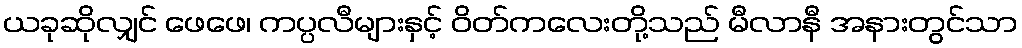
ယခုဆိုလျှင် ဖေဖေ၊ ကပ္ပလီများနှင့် ဝိတ်ကလေးတို့သည် မီလာနီ အနားတွင်သာ